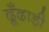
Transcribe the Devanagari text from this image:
ढूँढाड़ी